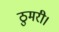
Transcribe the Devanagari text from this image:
ठुमरी।